system: You are a helpful assistant.
user:
Analyze the provided spectrum to determine if it is a **Carbon Star (C-type)**.

- **Key Visual Indicators of Carbon Star:**
    - **(Primary):** Strong molecular absorption from **C₂ (diatomic carbon) "Swan Bands."** This is the **defining feature** of a carbon star.
        - **(Key Bandheads):** Sharp absorption edges are visible at approximately $5635$ Å, $5165$ Å (the strongest band), and $4737$ Å.
        - **(Line Profile):** Creates a distinct **"saw-tooth"** pattern. The key morphology is a sharp, steep bandhead on the **red (long-wavelength) side**, which then gradually tapers off (i.e., flux recovers) towards the **blue (short-wavelength) side**. *(This is the direct opposite of the TiO bands seen in M-type stars)*.

    - **(Secondary):** Intense **CN (cyanogen)** molecular absorption bands.
        - **(Key Bandheads):** Located in the blue and violet regions of the spectrum (e.g., near $4215$ Å and $3883$ Å).
        - **(Morphology):** These bands are extremely broad and act as a "blanket," absorbing the vast majority of blue and violet light. This creates a characteristic **"cliff"** or **"steep drop-off"** in the spectrum's flux at short wavelengths.

    - **(Key Confirmation):** Strong **CH absorption band (G-band)**.
        - **(Key Bandhead):** Located around $4300$ Å. The contribution from CH molecules to this band is exceptionally strong.

    - **(Overall Spectrum):**
        - The continuum is severely "chopped up" by these deep molecular bands, especially C₂, rather than appearing as a smooth curve.
        - Due to the heavy CN and C₂ absorption in the blue-green, the vast majority of the star's flux is concentrated in the red part of the spectrum, giving the star its characteristic deep red color.

Think first, call **spectral_visualization_tool** if needed to examine features in detail, then provide your final answer. Your response must adhere to the following strict rules:
1.  **Overall Structure:** Your response must follow the format `<think>...</think> <tool_call>...</tool_call> (if a tool is used) <answer>...</answer>`.
2.  **Tool Usage Constraint:** You may only make **one** tool call per turn.
3.  **Final Answer Format:** In the `<answer>` tag, your conclusion must be inside a `\boxed{}` command (e.g., `\boxed{YES}`), followed by your justification.

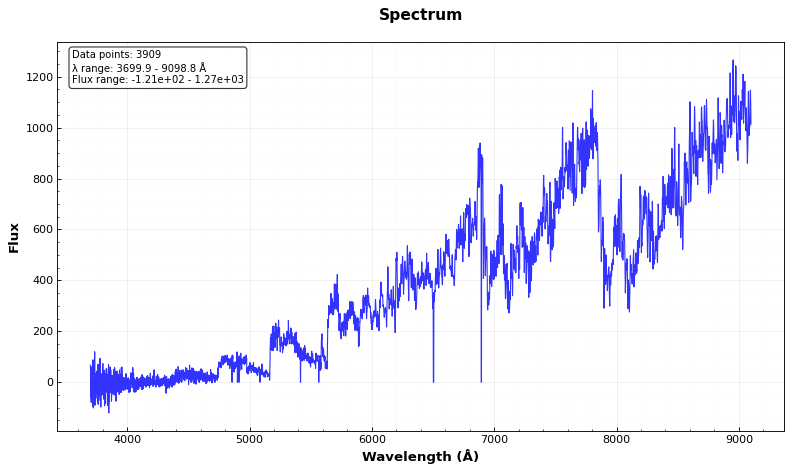
Answer: YES